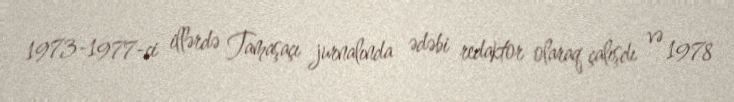
1973-1977-ci illərdə Tamaşaçı jurnalında ədəbi redaktor olaraq çalışdı və 1978